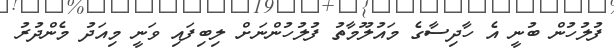
ފުލުހުން ބުނީ އެ ހާދިސާގެ މައުލޫމާތު ފުލުހުންނަށް ލިބިފައި ވަނީ މިއަދު މެންދުރު